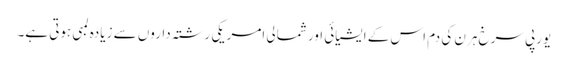
یورپی سرخ ہرن کی دم اس کے ایشیائی اور شمالی امریکی رشتہ داروں سے زیادہ لمبی ہوتی ہے۔